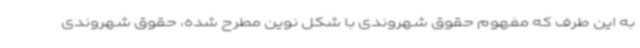
به این طرف که مفهوم حقوق شهروندی با شکل نوین مطرح شده، حقوق شهروندی